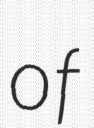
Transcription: of